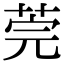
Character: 莞